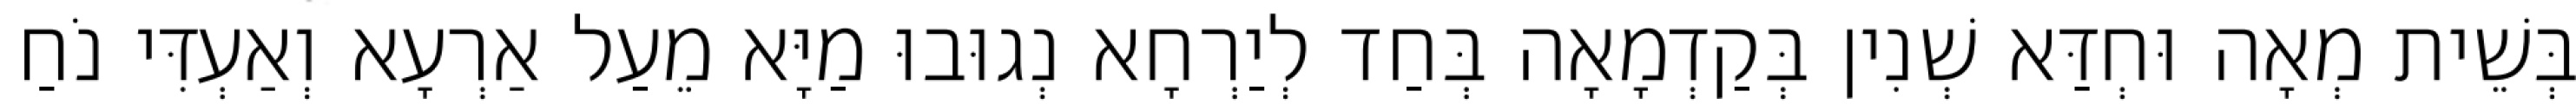
בְּשֵׁית מְאָה וּחְדַּא שְׁנִין בְּקַדְמָאָה בְּחַד לְיַרְחָא נְגוּבוּ מַיָּא מֵעַל אַרְעָא וְאַעְדִּי נֹחַ